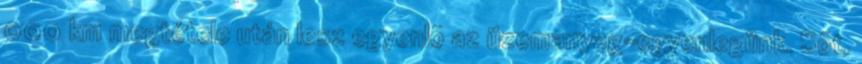
000 km megtétele után lesz egyenlõ az üzemanyag-egyenlegünk. Sõt,